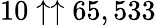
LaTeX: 10\uparrow\uparrow 65,533